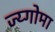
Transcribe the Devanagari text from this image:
ज्य्गोमा